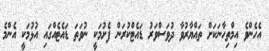
އެހެންވެ އިމްތިހާނަކަށް ތައްޔާރުވާ ދުވަސްވަރު ޑައެޓްކުރަން ފެށުމަކީ ނުވަތަ ޑައެޓެއްގައި އުޅުމަކީ އެންމެ